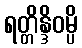
ရတ္တိန္ဒိဝမ္ပိ